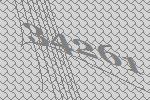
34261